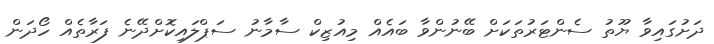
ދަށުގައިވާ ޔޫތު ސެންޓަރުތަކަށް ބޭނުންވާ ބައެއް މިއުޒިކް ސާމާނު ސަޕްލައިކޮށްދޭނެ ފަރާތެއް ހޯދަން